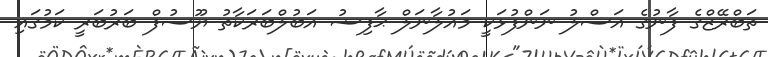
ތަބްރޭޒްގެ ފާނުގެ އަސްލު ނަންފުޅަކީ މައުލާނަލް ޙާފިޟު އަބުލްބަރަކާތު ޔޫސުފް ބަރުބަރީ ކަމުގައި